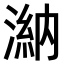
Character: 𣻀